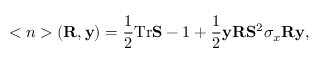
< n > ( { \bf R } , { \bf y } ) = \frac 1 2 \mathrm { T } \mathrm { r } { \bf S } - 1 + \frac 1 2 { \bf y } { \bf R } { \bf S } ^ { 2 } \sigma _ { x } { \bf R } { \bf y } ,